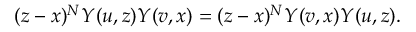
( z - x ) ^ { N } Y ( u , z ) Y ( v , x ) = ( z - x ) ^ { N } Y ( v , x ) Y ( u , z ) .